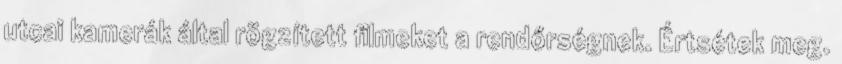
utcai kamerák által rögzített filmeket a rendőrségnek. Értsétek meg.